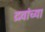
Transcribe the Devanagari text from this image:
द्रवांच्या